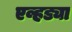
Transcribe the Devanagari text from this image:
एव्हड्या